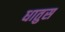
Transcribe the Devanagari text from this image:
धातुस